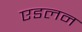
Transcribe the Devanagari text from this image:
एडलन